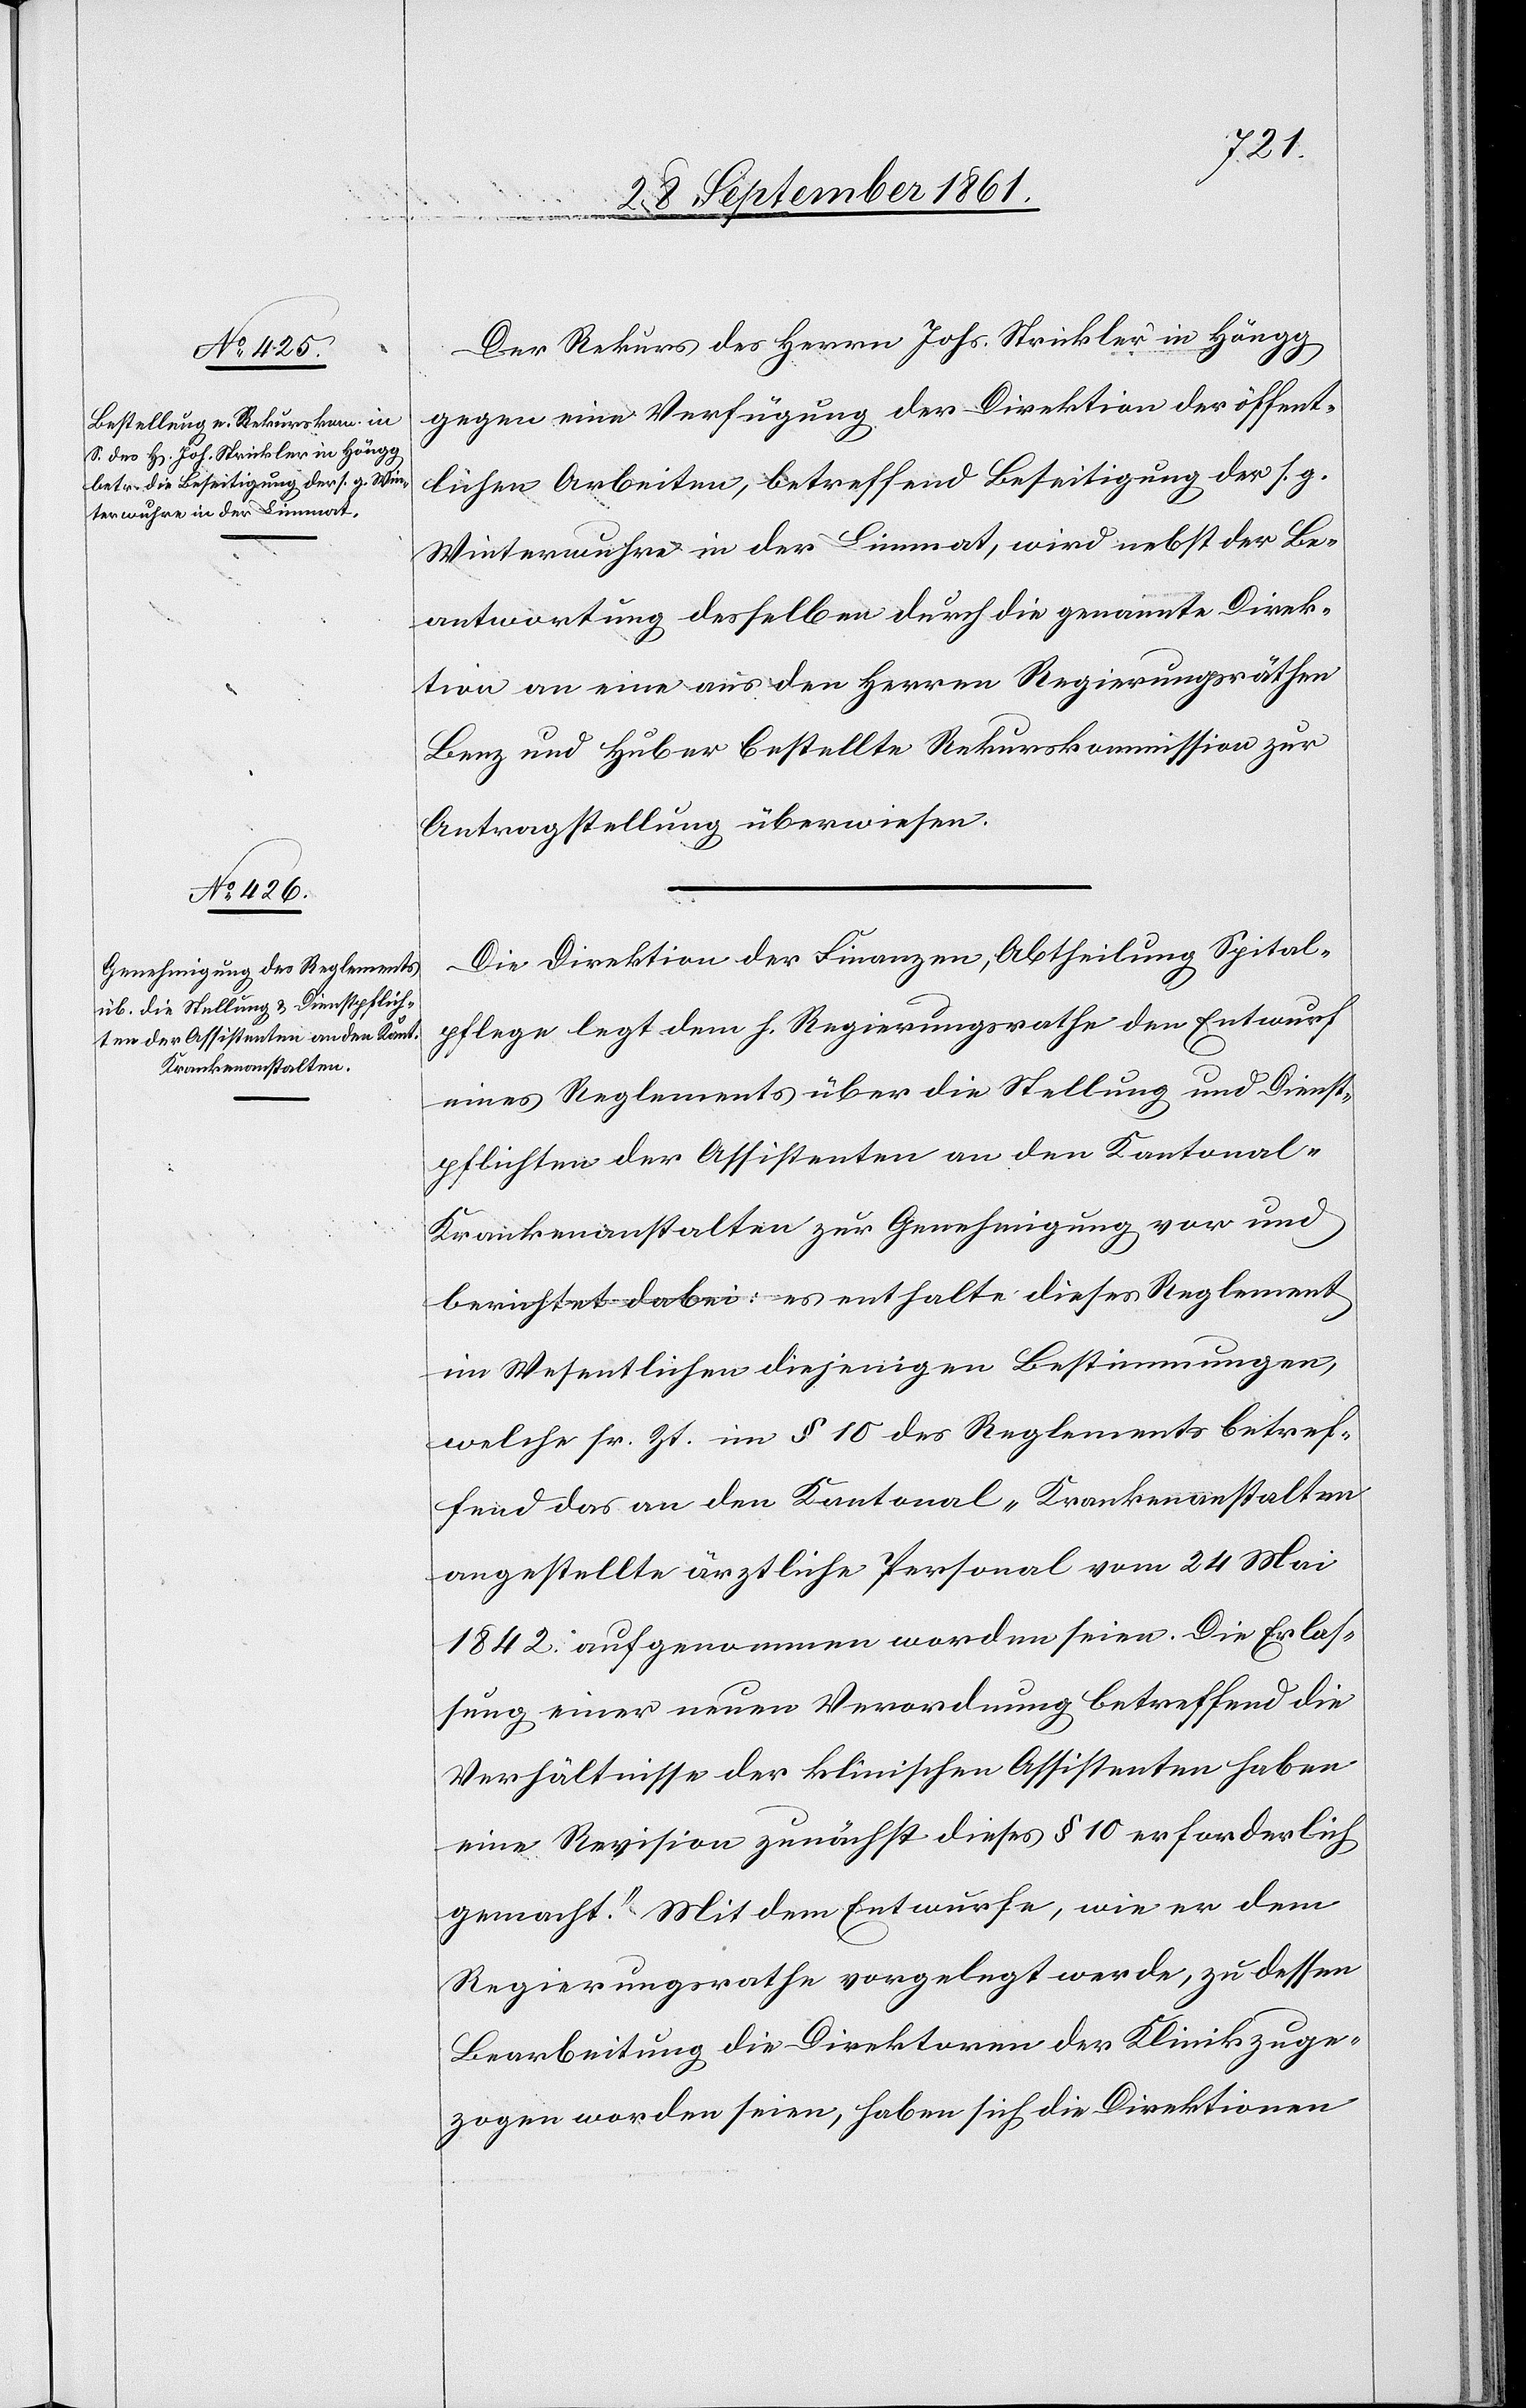
Der Rekurs des Herrn Johs. Strickler in Höngg
gegen eine Verfügung der Direktion der öffent¬
lichen Arbeiten, betreffend Beseitigung der s. g.
Winterwuhre in der Limmat, wird nebst der Be¬
antwortung desselben durch die genannte Direk¬
tion an eine aus den Herren Regierungsräthen
Benz und Huber bestellte Rekurskommission zur
Antragstellung überwiesen.
Die Direktion der Finanzen, Abtheilung Spital¬
pflege legt dem H. Regierungsrathe den Entwurf
eines Reglements über die Stellung und Dienst¬
pflichten der Assistenten an den Kantonal-K¬
rankenanstalten zur Genehmigung vor und
berichtet dabei: es enthalte dieses Reglement
im Wesentlichen diejenigen Bestimmungen,
welche sr. Zt. im § 10 des Reglements betref¬
fend das an den Kantonal-Krankenanstalten
angestellte ärztliche Personal vom 24 Mai
1842 aufgenommen worden seien. Die Erlas¬
sung einer neuen Verordnung betreffend die
Verhältnisse der klinischen Assistenten habe
eine Revision zunächst dieses § 10 erforderlich
gemacht. Mit dem Entwurfe, wie er dem
Regierungsrathe vorgelegt wurde, zu dessen
Bearbeitung die Direktoren der Klinik ge¬
zogen worden seien, haben sich die Direktionen